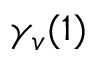
\gamma _ { v } ( 1 )